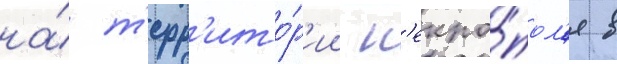
на́ т'ерр'ито́р'ии н'екро́пол'я в